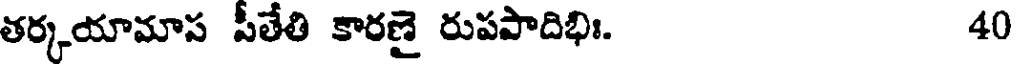
తర్కయామాప పీతేతి కారణై రుపపాదిభిః. 40